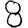
Digit: 8